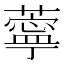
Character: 薴